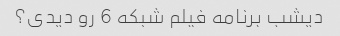
دیشب برنامه فیلم شبکه 6 رو دیدی؟